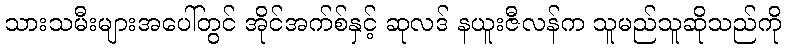
သားသမီးများအပေါ်တွင် အိုင်အက်စ်နှင့် ဆုလဒ် နယူးဇီလန်က သူမည်သူဆိုသည်ကို